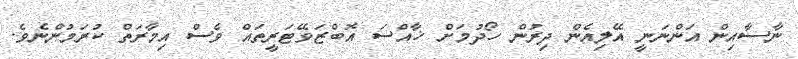
ނާސާއިން އަންނަނީ އޭލިއެން ދިރުން ހޯދުމަށް ޚާއްސަ އޮބްޒަވޭޓަރީތައް ވެސް އިމާރަތް ކުރަމުންނެވެ.